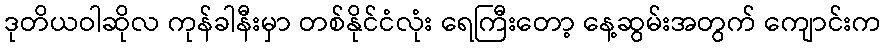
ဒုတိယဝါဆိုလ ကုန်ခါနီးမှာ တစ်နိုင်ငံလုံး ရေကြီးတော့ နေ့ဆွမ်းအတွက် ကျောင်းက